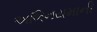
અભિનયમાની